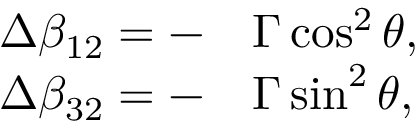
\begin{array} { r } { \begin{array} { r l } { \Delta \beta _ { 1 2 } = - } & { { } \Gamma \cos ^ { 2 } \theta , } \\ { \Delta \beta _ { 3 2 } = - } & { { } \Gamma \sin ^ { 2 } \theta , } \end{array} } \end{array}